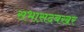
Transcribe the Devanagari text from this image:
सभासदबखर